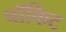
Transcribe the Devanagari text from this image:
पॉकिट